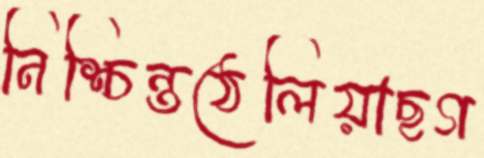
নিশ্চিন্তঠেলিয়াছগ